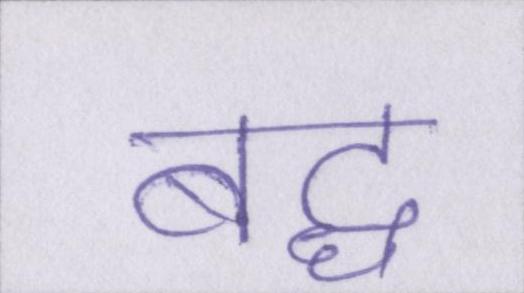
बद्ध